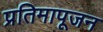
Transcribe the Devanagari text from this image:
प्रतिमापूजन